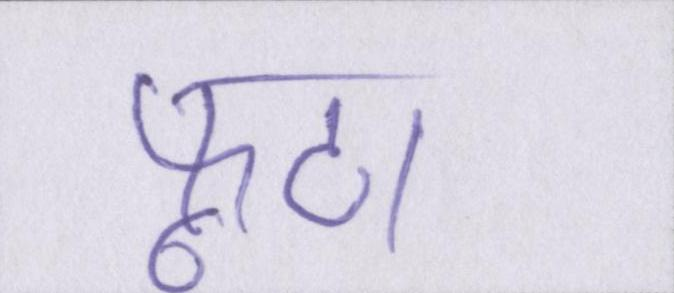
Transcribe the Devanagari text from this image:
फूटा।